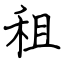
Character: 租